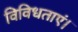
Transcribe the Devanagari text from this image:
विविधताएं।